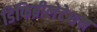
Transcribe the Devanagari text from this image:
डिफिब्रीलेटेशन